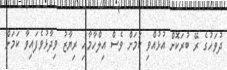
ދުވަހުގެ ރޭ ބުރަކޮށް އުޅުއްވި ކަމަށް ވެސް އިލްހާމާއި ރިޔާޒު ވިދާޅުވެފައިވާ ކަމަށް